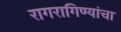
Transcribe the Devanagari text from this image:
रागरागिण्यांचा